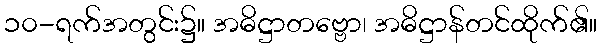
၁၀-ရက်အတွင်း၌။ အဓိဋ္ဌာတဗ္ဗော၊ အဓိဋ္ဌာန်တင်ထိုက်၏။